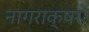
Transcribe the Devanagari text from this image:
नागराक्षरों